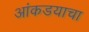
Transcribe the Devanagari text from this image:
आंकडयाचा